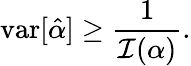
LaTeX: \operatorname{var}[{\hat{\alpha}}]\geq{\frac{1}{{\mathcal{I}}(\alpha)}}.